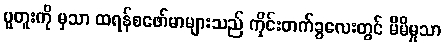
ပူတူးကို မှသာ ထရန်စဖော်မာများသည် ကိုင်းတက်ခွလေးတွင် မိမိမှုသာ